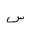
Letter: _sin